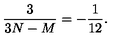
\frac { 3 } { 3 N - M } = - \frac { 1 } { 1 2 } .